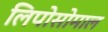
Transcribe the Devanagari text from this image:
लिपोसोमाल